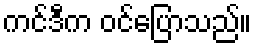
ကင်ဒီက ဝင်ပြောသည်။